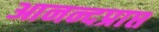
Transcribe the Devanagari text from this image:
आनन्दप्राप्त